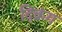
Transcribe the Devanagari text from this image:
दिक्रंग